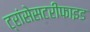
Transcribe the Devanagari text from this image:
ट्रांसेसटरीफाइड